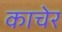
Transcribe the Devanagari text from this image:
काचेर